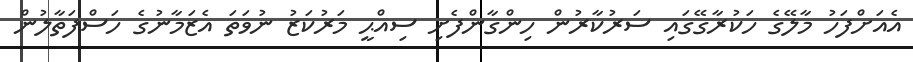
އެއަށްފަހު މާލޭގެ ހަކުރާގޭގައި ސަރުކާރުން ހިންގާންފެށި ސިއްޙީ މަރުކަޒު ނުވަތަ އެޒަމާނުގެ ހަސްފަތާލުން